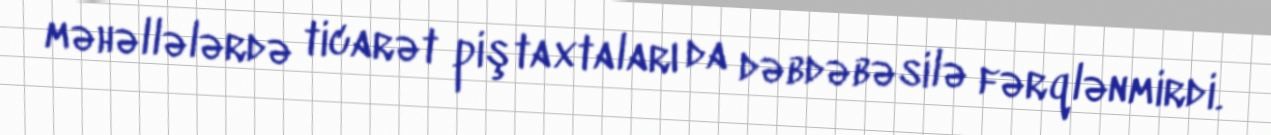
məhəllələrdə ticarət piştaxtaları da dəbdəbəsilə fərqlənmirdi.